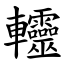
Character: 䡿